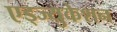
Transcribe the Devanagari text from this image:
एड्ज्युकेशन